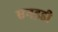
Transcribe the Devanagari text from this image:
एनइडी